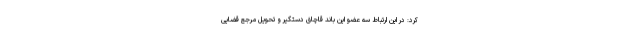
کرد: در این ارتباط سه عضو این باند قاچاق دستگیر و تحویل مرجع قضایی